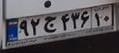
۹۲ج۴۳۶۱۰